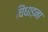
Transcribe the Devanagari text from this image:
चिंघाड़ना